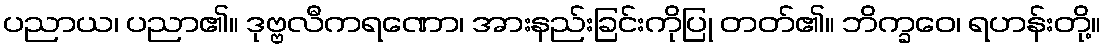
ပညာယ၊ ပညာ၏။ ဒုဗ္ဗလီကရဏော၊ အားနည်းခြင်းကိုပြု တတ်၏။ ဘိက္ခဝေ၊ ရဟန်းတို့။